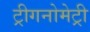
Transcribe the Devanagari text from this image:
ट्रीगनोमेट्री